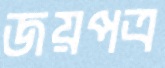
জয়পত্র